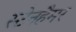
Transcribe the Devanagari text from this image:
स्टेनहैमर